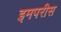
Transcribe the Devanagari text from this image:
इमपरीस